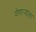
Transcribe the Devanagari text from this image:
येणार्‍याला